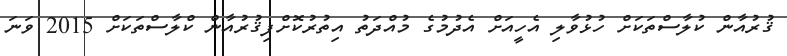
ޤުރުއާން ކުލާސްތަކަށް ހުޅުވާލި އެހީއަށް އެދުމުގެ މުއްދަތު އިތުރުކޮށްފިޤުރުއާން ކްލާސްތަކަށް 2015 ވަނަ